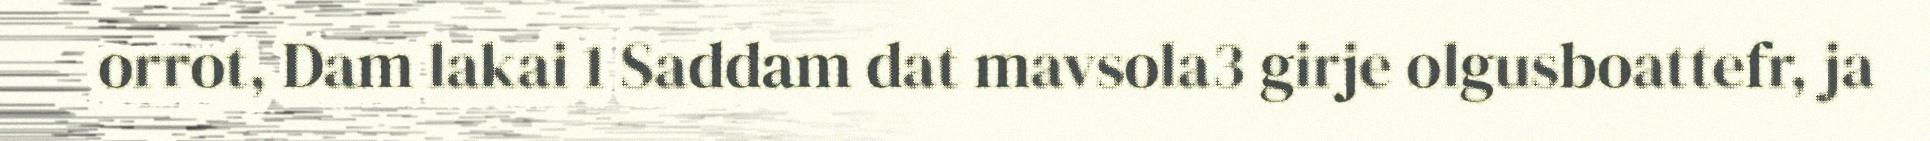
orrot, Dam lakai 1 Saddam dat mavsola3 girje olgusboattefr, ja